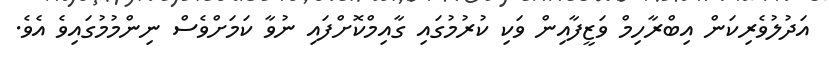
އަދުލުވެރިކަން އިބްރާހިމް ވަޒީފާއިން ވަކި ކުރުމުގައި ގާއިމްކޮށްފައި ނުވާ ކަމަށްވެސް ނިންމުމުގައިވެ އެވެ.